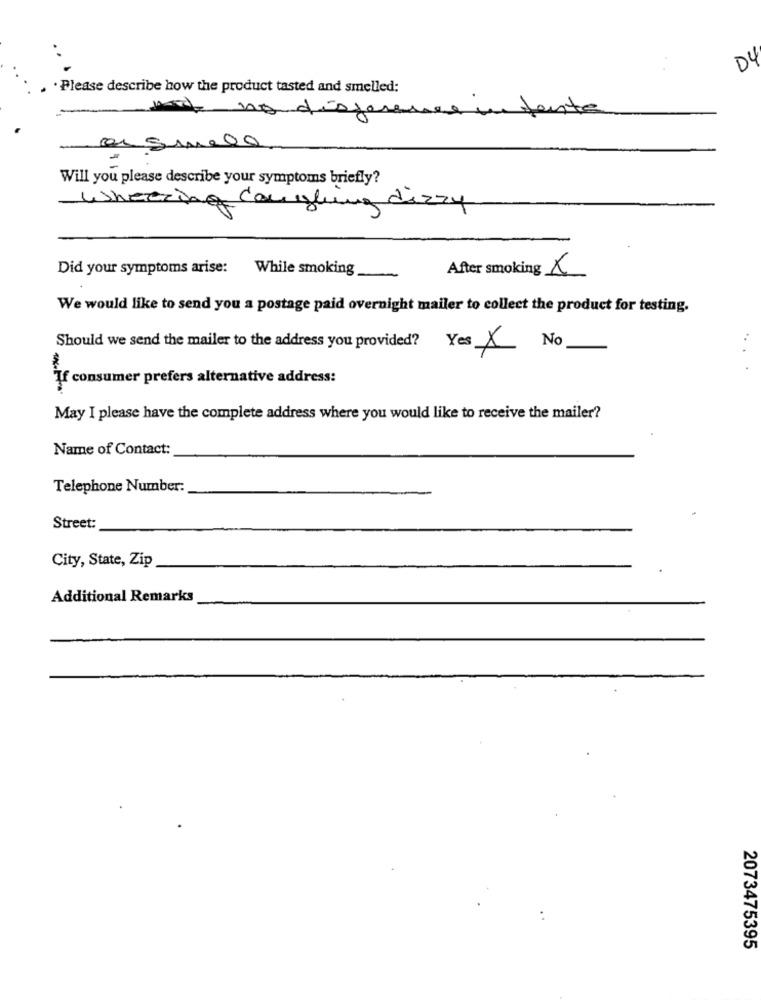
04
. Please describe how the product tasted and smelled:
e
no disponen
Will you please describe your symptoms briefly?
Wheezing Cau gling dizzy
Did your symptoms arise:
While smoking
After smoking
We would like to send you a postage paid overnight mailer to collect the product for testing.
Should we send the mailer to the address you provided? Yes X No
If consumer prefers alternative address:
May I please have the complete address where you would like to receive the mailer?
Name of Contact:
Telephone Number:
Street:
City, State, Zip
Additional Remarks
2073475395